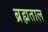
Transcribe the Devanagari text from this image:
ब्रह्मताल